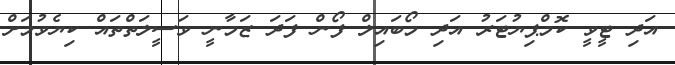
އަދި ޓީވީ ކޮމްޕިޔުޓަރު އަދި މޯބައިލް ފޯން ފަދަ ޒަމާނީ ވަސީލަތްތައް ކިޔެވުމަށް